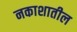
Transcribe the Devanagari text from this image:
नकाशातील